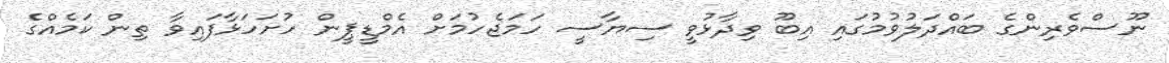
ނޫސްވެރިންގެ ބައްދަލުވުމުގައި އިބޫ ވިދާޅުވީ ސިޔާސީ ހަމަޖެހުމަށް އެމްޑީޕީން ހުށަހަޅާފައިވާ ތިން ކަމެއްގެ